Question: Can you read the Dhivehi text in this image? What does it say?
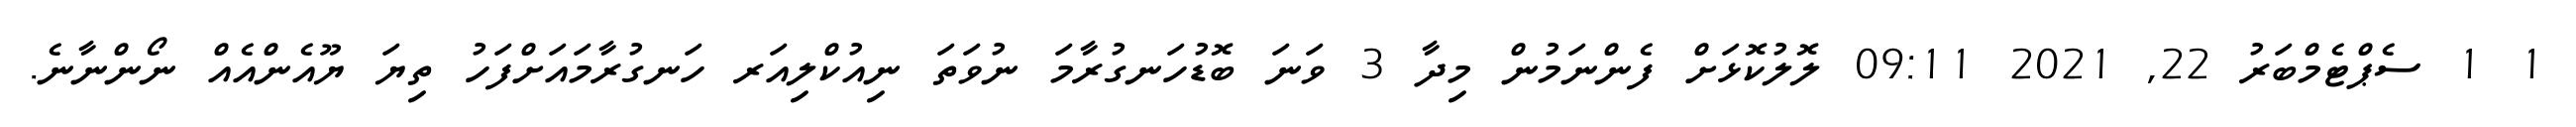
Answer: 1 1 ސެޕްޓެމްބަރު 22, 2021 09:11 ލޮލުކޮޅަށް ފެންނަމުން މިދާ 3 ވަނަ ބޮޑުހަނގުރާމަ ނުވަތަ ނިއުކްލިއަރ ހަނގުރާމައަށްފަހު ތިޔަ ޔޫއެންއެއް ނޯންނާނެ.